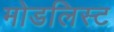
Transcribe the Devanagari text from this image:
मोडलिस्ट